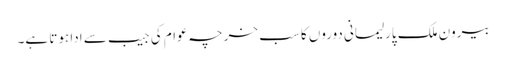
بیرون ملک پارلیمانی دوروں کا سب خرچہ عوام کی جیب سے ادا ہوتا ہے۔